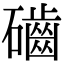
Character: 𥗊